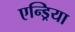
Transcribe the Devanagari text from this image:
एन्ड्रिया